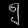
Digit: ၅